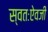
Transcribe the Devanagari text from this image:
स्वतःऐवजी